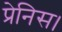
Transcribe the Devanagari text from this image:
प्रेनिस।